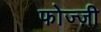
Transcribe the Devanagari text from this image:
फोज्ज़ी